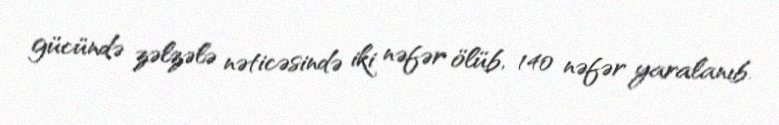
gücündə zəlzələ nəticəsində iki nəfər ölüb, 140 nəfər yaralanıb.